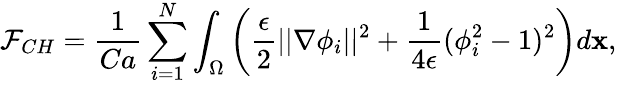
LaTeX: \mathcal{F}_{CH}=\frac{1}{Ca}\sum_{i=1}^{N}\int_{\Omega}\left(\frac{\epsilon}{2}||\nabla\phi_{i}||^{2}+\frac{1}{4\epsilon}(\phi_{i}^{2}-1)^{2}\right)d\mathbf{x},